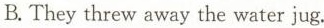
B. They threw away the water jug.